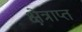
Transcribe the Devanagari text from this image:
क्षेत्राप्त